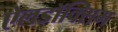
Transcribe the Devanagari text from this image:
ऐलडॉक्सिम